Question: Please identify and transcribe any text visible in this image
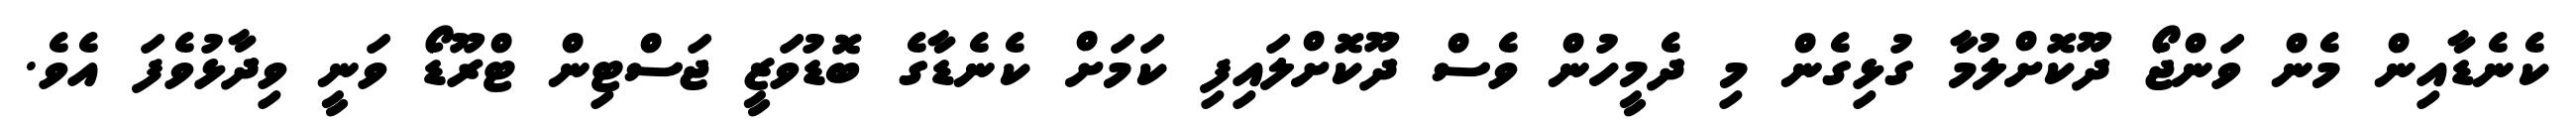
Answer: ކެނެޑާއިން މެން ވަންޖޯ ދޫކޮށްލުމާ ގުޅިގެން މި ދެމީހުން ވެސް ދޫކޮށްލައިފި ކަމަށް ކެނެޑާގެ ބޮޑުވަޒީ ޖަސްޓިން ޓްރޫޑޯ ވަނީ ވިދާޅުވެފަ އެވެ.